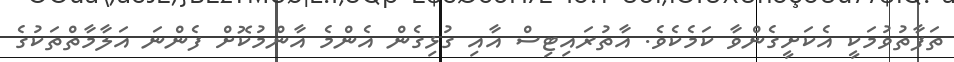
ތަފާތުވުމަކީ އެކަށީގެންވާ ކަމެކެވެ. އާތުރައިޓިސް އާއި ގުޅިގެން އެންމެ އާންމުކޮށް ފެންނަ އަލާމާތްތަކުގެ